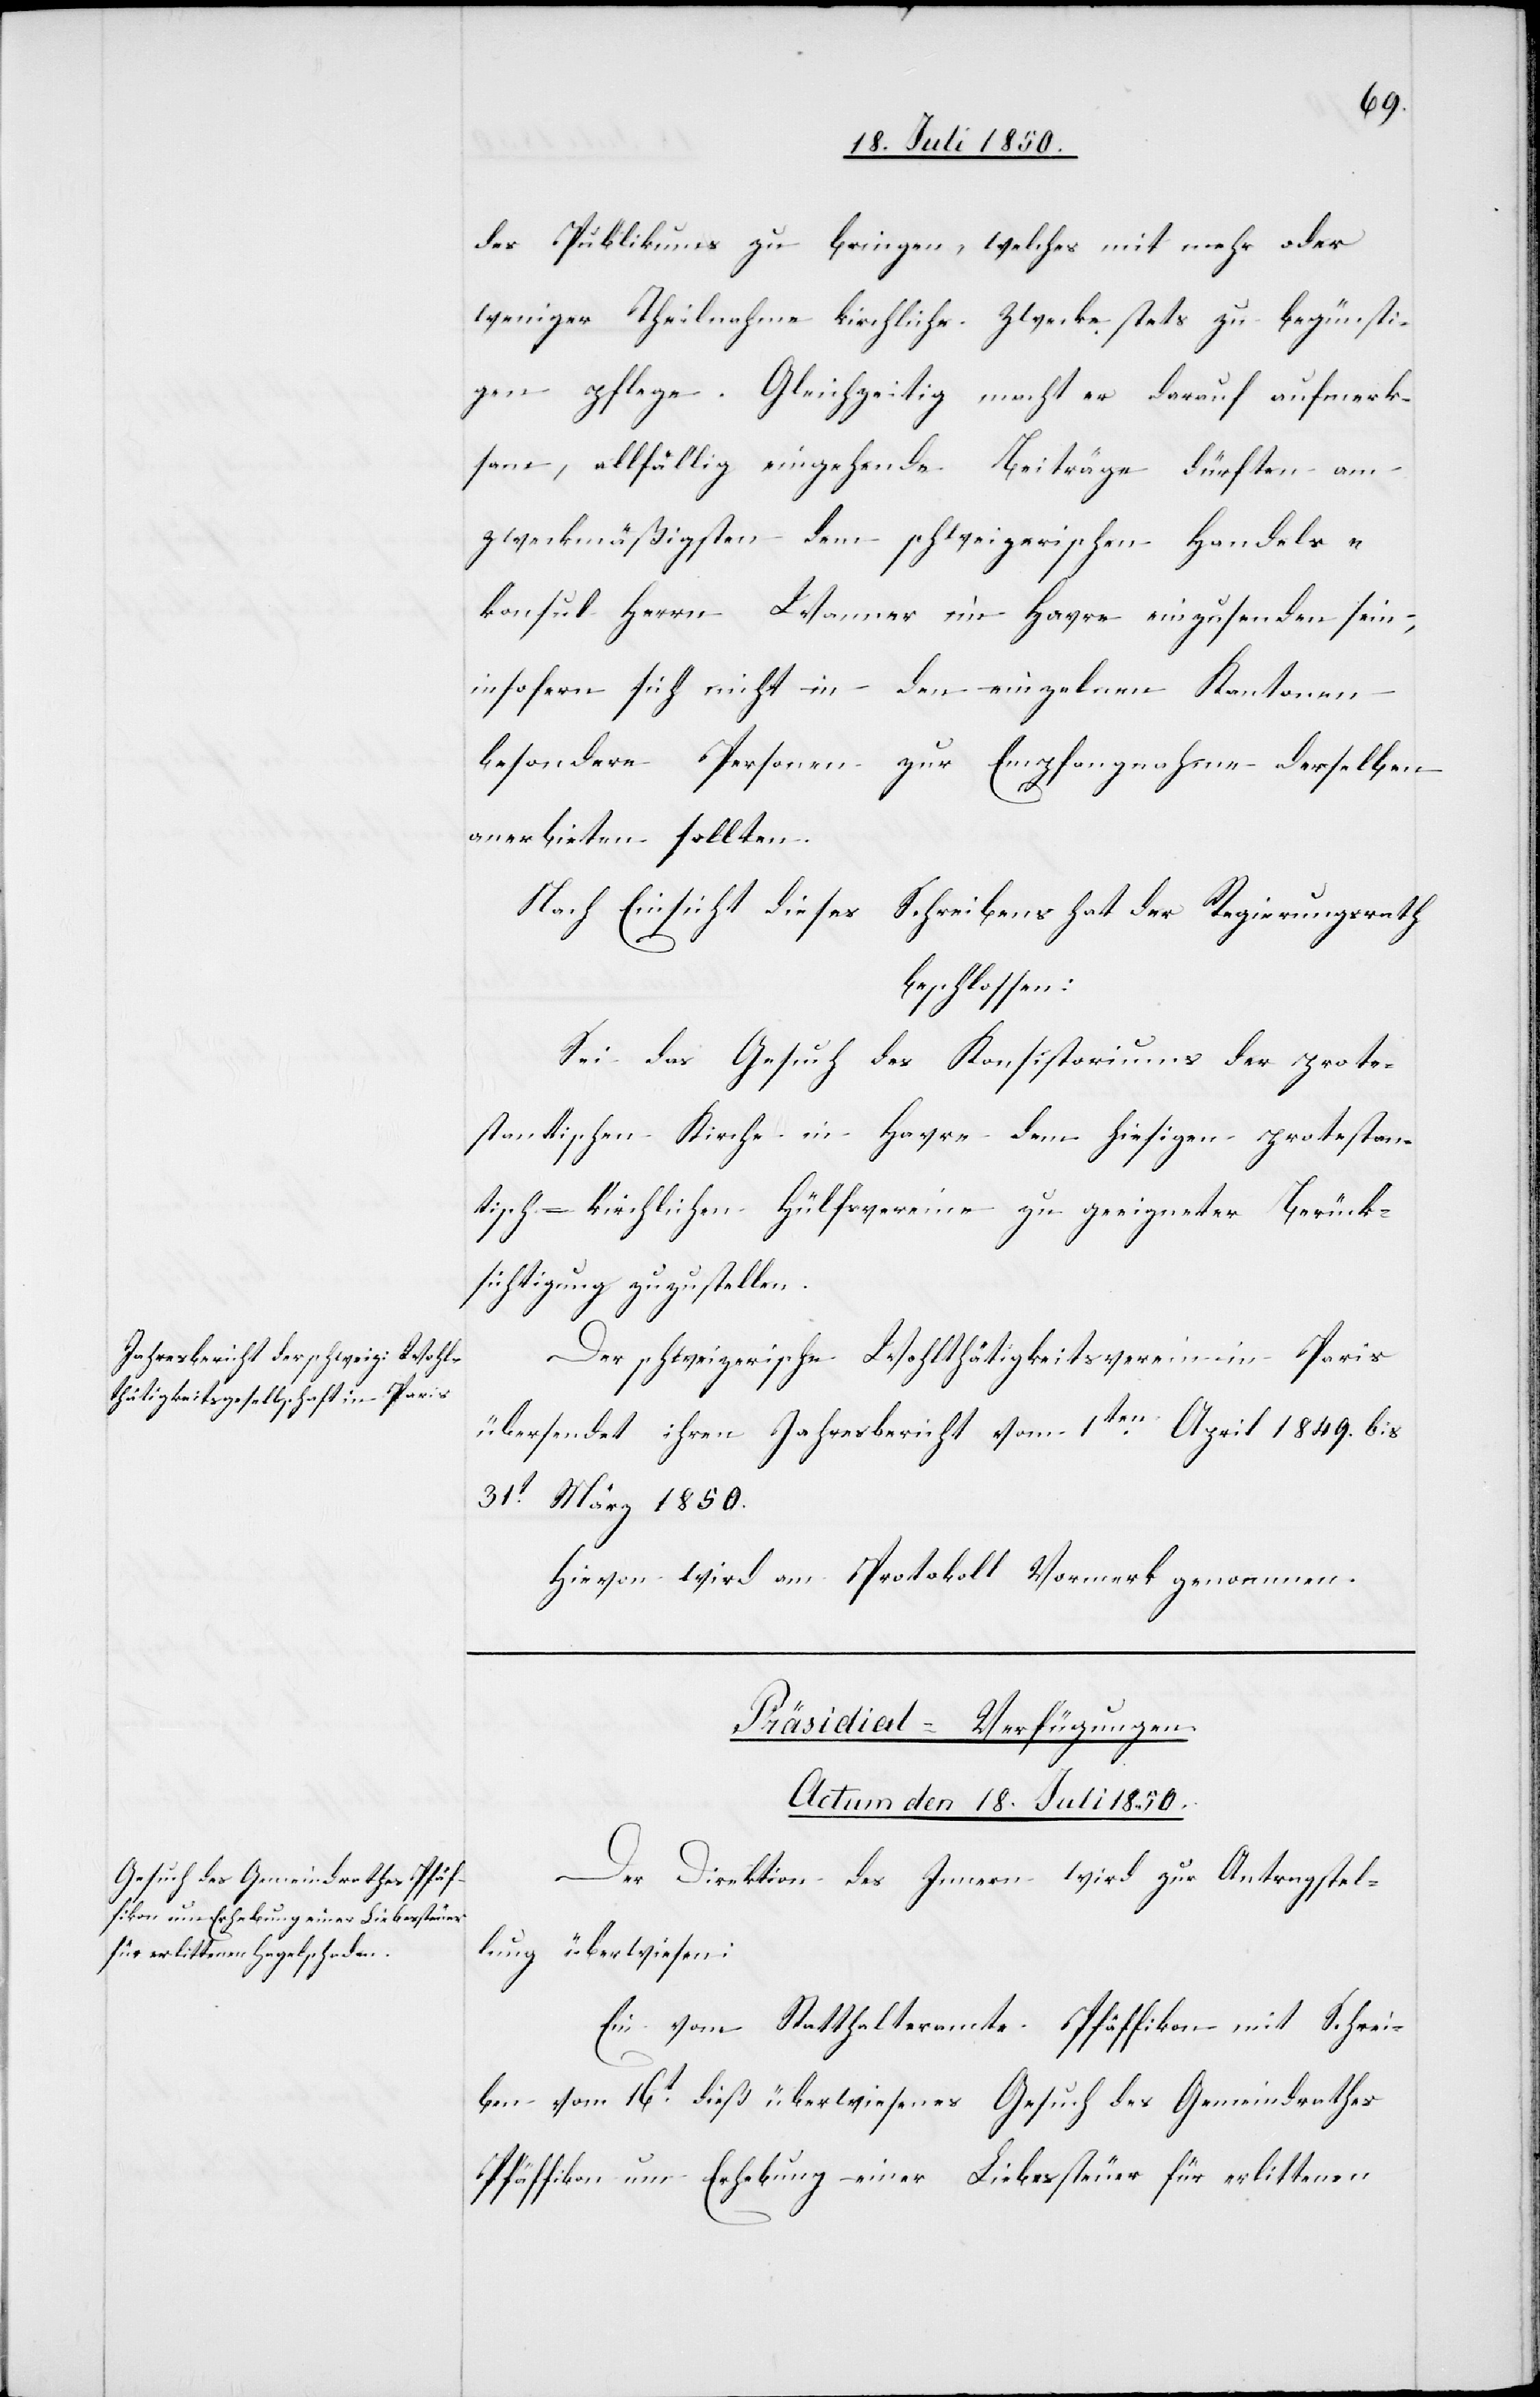
des Publikums zu bringen, welches mit mehr oder
weniger Theilnahme kirchliche Zwecke stets zu begünsti¬
gen pflege. Gleichzeitig macht es darauf aufmerk¬
sam, allfällig eingehende Beiträge dürften am
zweckmäßigsten dem schweizerischen Handels¬
konsul Herrn Wanner im Havre einzusenden sein,
insofern sich nicht in den einzelnen Kantonen
besondere Personen zur Empfangnahme derselben
anerbieten sollten.
Nach Einsicht dieses Schreibens hat der Regierungsrath
beschlossen:
Sei das Gesuch des Konsistoriums der prote¬
stantischen Kirche in Havre dem hiesigen protestan¬
tisch-kirchlichen Hülfsvereine zu geeigneter Berück¬
sichtigung zuzustellen.
Der schweizerische Wohlthätigkeitsverein in Paris
übersendet ihren Jahresbericht vom 1ten April 1849. bis
31t März 1850.
Hievon wird am Protokoll Vormerk genommen.
Präsidial-Verfügungen.
Actum den 18. Juli 1850.
Der Direktion des Innern wird zur Antragstel¬
lung überwiesen:
Ein vom Statthalteramte Pfäffikon mit Schrei¬
ben vom 16t dieß überwiesenes Gesuch des Gemeindrathes
Pfäffikon um Erhebung einer Liebessteuer für erlittenen